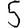
Digit: 5